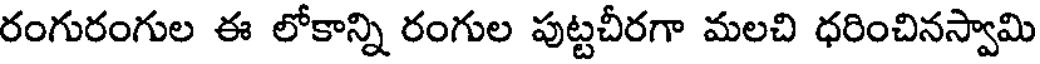
రంగురంగుల ఈ లోకాన్ని రంగుల పుట్టచీరగా మలచి ధరించినస్వామి